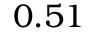
0 . 5 1